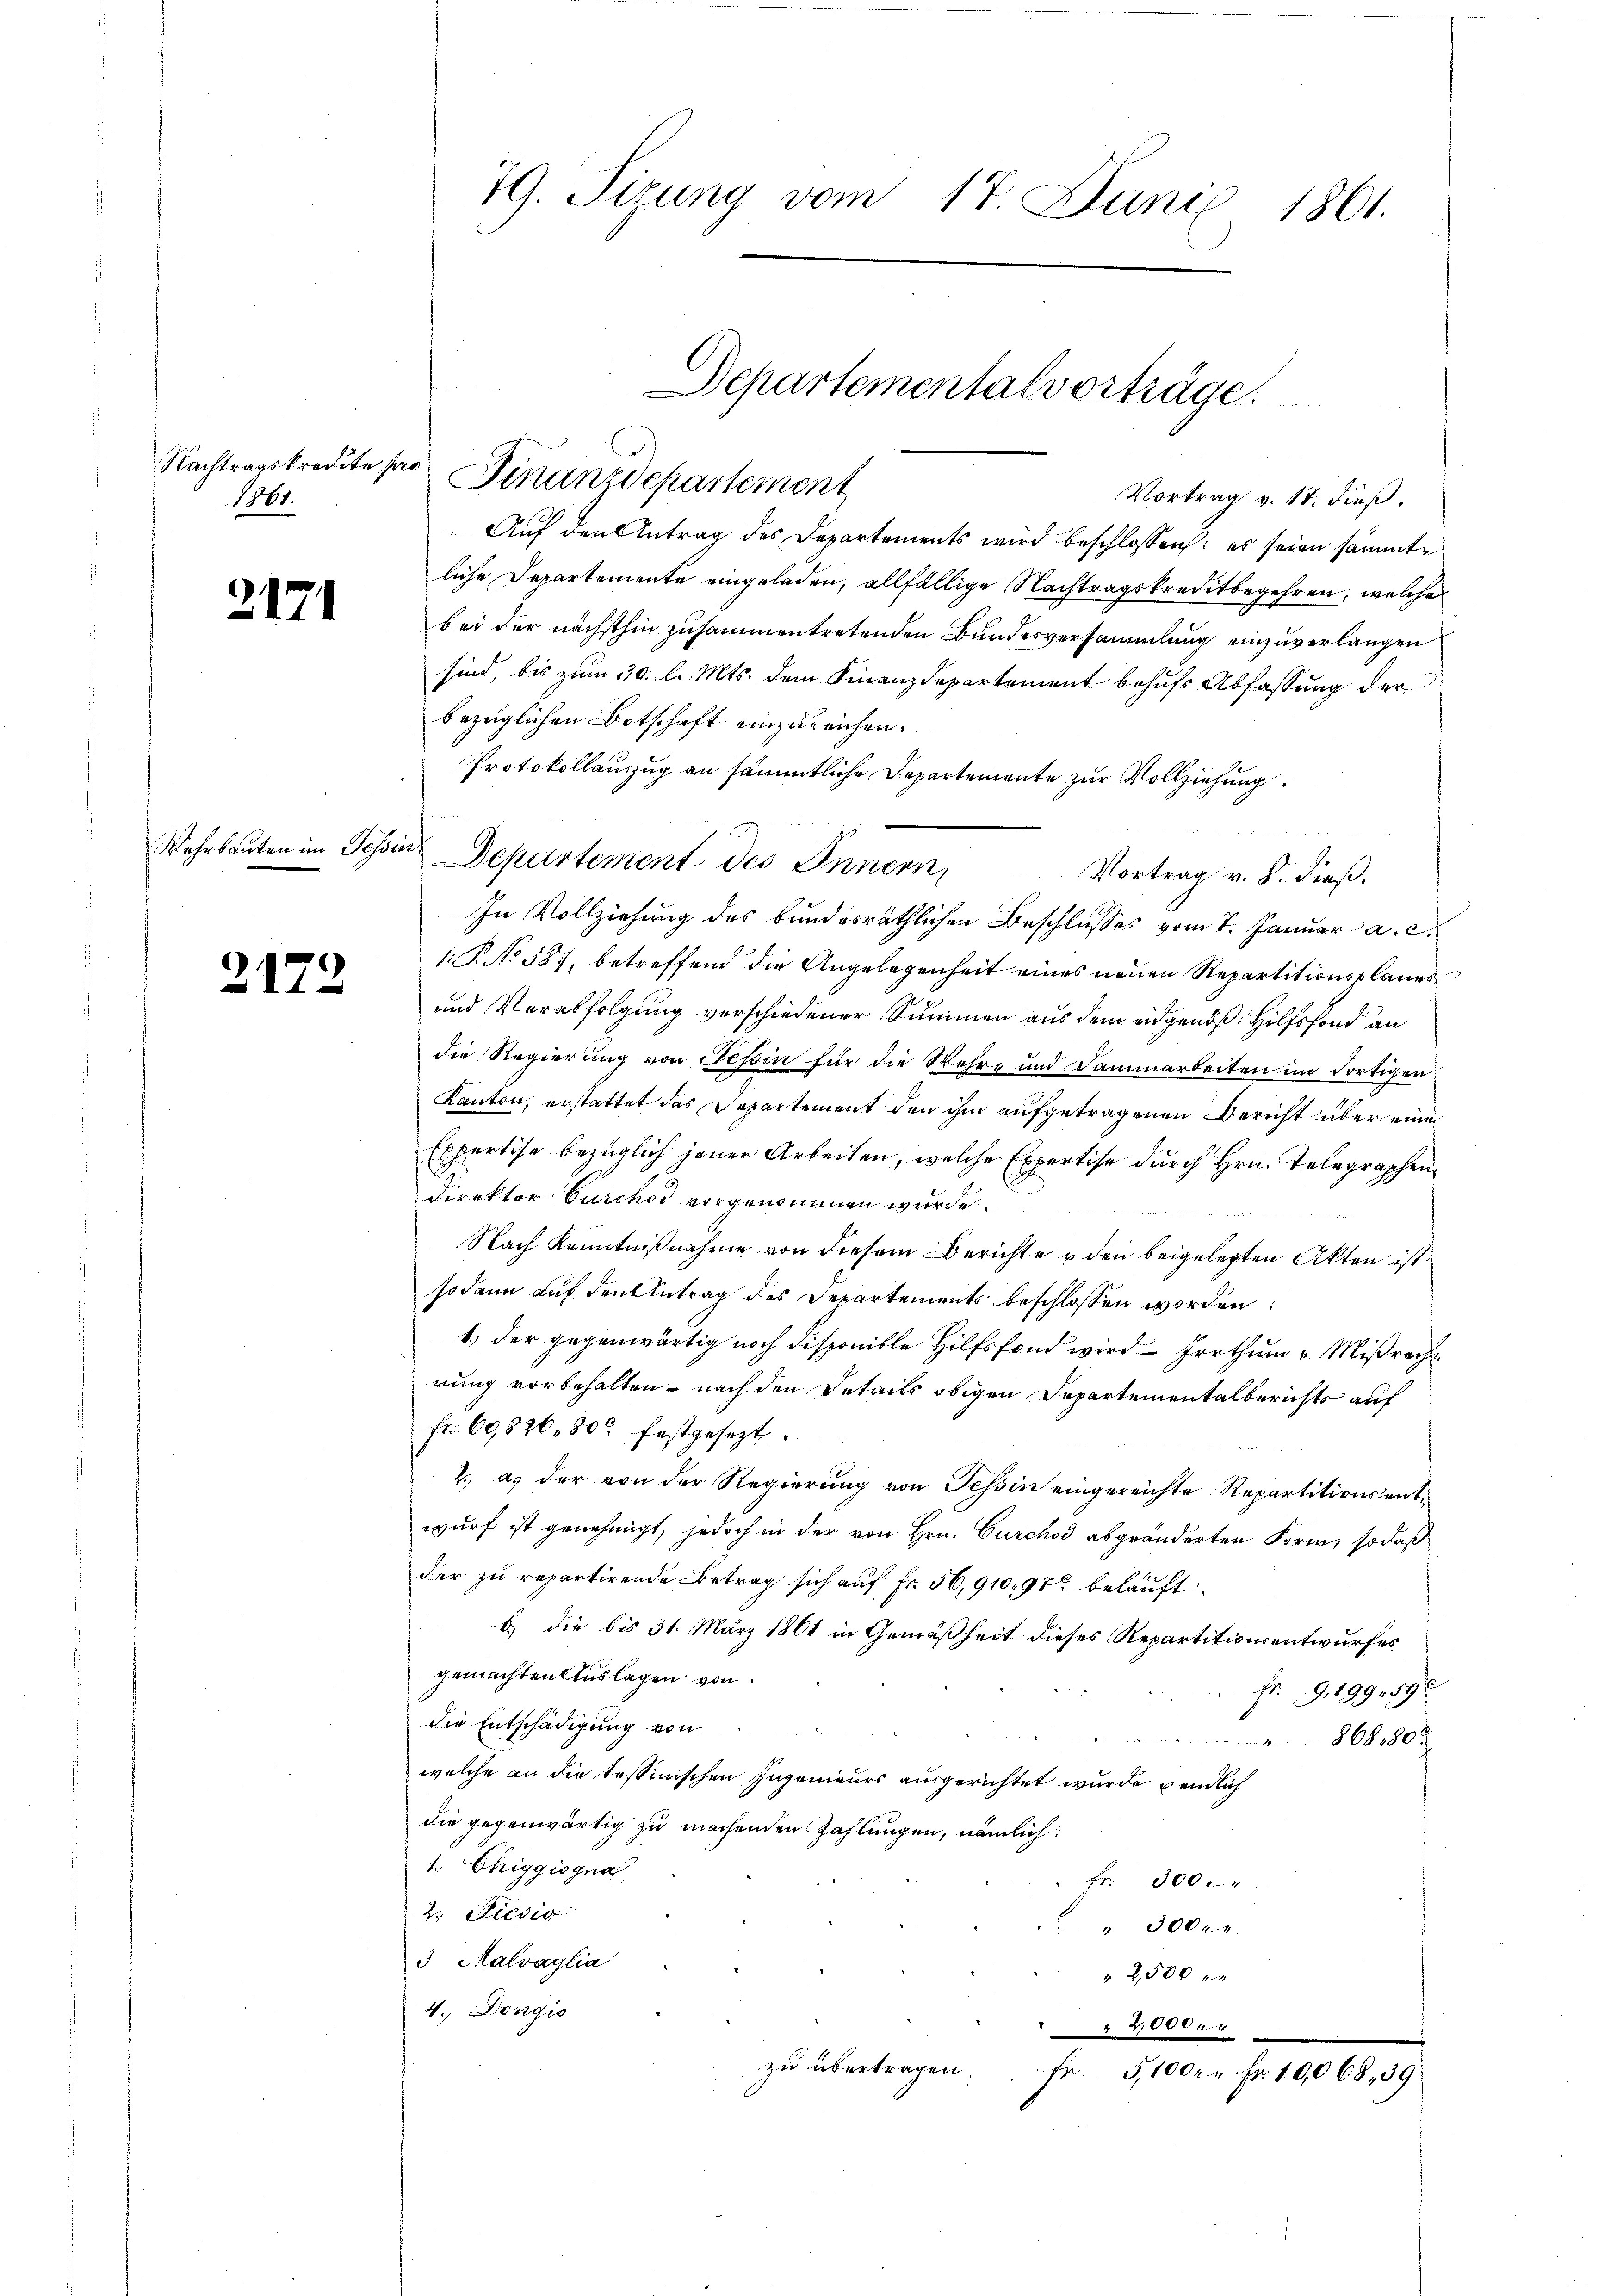
Nachtragskredite pro
1861.

2171

Wehrbauten im Tessin.

2172

79. Tizung vom 17. Juni 1861.

Departementalvorträge.
Finanzdepartement

Vortrag v. 17. dieß.
Auf den Antrag des Departements wird beschlossen: es seien sämmte
liche Departemente eingeladen, allfällige Nachtragskreditbegehren, welche
bei der nächsthin zusammentretenden Bundesversammlung einzuverlangen
sind, bis zum 30. l. Mts. dem Finanzdepartement behufs Abfassung der
bezüglichen Botschaft einzureichen.
Protokollauszug an sämmtliche Departemente zur Vollziehung
Departement des Innern,
Vortrag v. 8. dieß.
In Vollziehung des bundesräthlichen Beschlusses vom 7. Januar a. c.
1: P. No 587, betreffend die Angelegenheit eines neuen Repartitionsplanes
und Verabfolgung verschiedener Summen aus dem eidgends Hilfsfond an
die Regierung von Tessin für die Wehre und Dammarbeiten im dortigen
Kanton, erstattet das Departement den ihm aufgetragenen Bericht über eine
Expertise bezüglich jener Arbeiten, welche Expertise durch Hrn. Telegraphen¬
Direktor Curcher vorgenommen wurde.

Nach Kenntnißnahme von diesem Berichte u. den beigelegten Akten ist
sodann auf den Antrag des Departements beschlossen worden:
1., der gegenwärtig noch disponible Hilfsfond wird Irrthum Mißrecht
nung vorbehalten - nach den Details obigen Departementalberichts auf
Fr. 69,820, 80 festgesezt.
2.) a. der von der Regierung von Tessin eingereichte Repartitions entwurf ist genehmigt, jedoch in der von Hrn. Curchod abgeänderten Form, so daß
der zu repartirende Betrag sich auf Fr. 56,91097 belauft.
b.) die bis 31. März 1861 in Gemäßheit dieses Repartitionsentwurfes
gemachten Auslagen von
fr. 9, 199. 595
die Entschädigung von
868180 x
welche an die tessinischen Ingenieurs ausgerichtet wurde endlich
die gegenwärtig zu machenden Zahlungen, nämlich:
1. Chiggiognal
Fr. 300.
2.) Diesig
" 300 f 4
3 Malvaglia
 2500 x
4. Dongio
2,000xx
zu übertragen
fr 5,1000 Fr. 10,068, 39